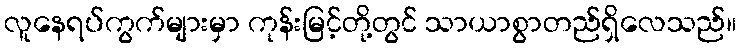
လူနေရပ်ကွက်များမှာ ကုန်းမြင့်တို့တွင် သာယာစွာတည်ရှိလေသည်။